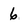
Character: 6